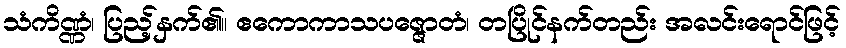
သံကိဏ္ဏံ၊ ပြည့်နှက်၏။ ဧကောကာသပဇ္ဇောတံ၊ တပြိုင်နက်တည်း အလင်းရောင်ဖြင့်